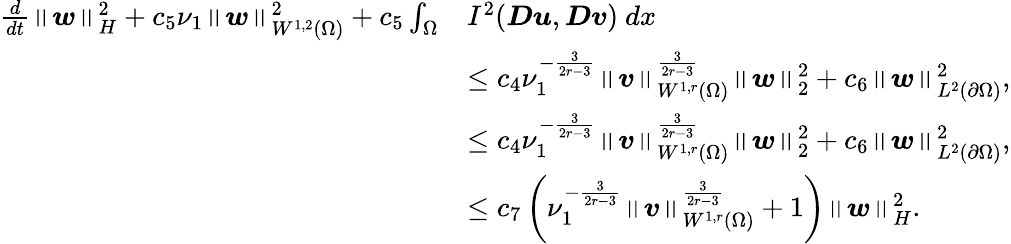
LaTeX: \begin{array}{rl}{\frac{d}{dt}\left\lVert\boldsymbol{w}\right\rVert_{H}^{2}+c_{5}\nu_{1}\left\lVert\boldsymbol{w}\right\rVert_{W^{1,2}(\Omega)}^{2}+c_{5}\int_{\Omega}}&{I^{2}(\boldsymbol{Du},\boldsymbol{Dv})\ dx}\\ &{\leq c_{4}\nu_{1}^{-\frac{3}{2r-3}}\left\lVert\boldsymbol{v}\right\rVert_{W^{1,r}(\Omega)}^{\frac{3}{2r-3}}\left\lVert\boldsymbol{w}\right\rVert_{2}^{2}+c_{6}\left\lVert\boldsymbol{w}\right\rVert_{L^{2}(\partial\Omega)}^{2},}\\ &{\leq c_{4}\nu_{1}^{-\frac{3}{2r-3}}\left\lVert\boldsymbol{v}\right\rVert_{W^{1,r}(\Omega)}^{\frac{3}{2r-3}}\left\lVert\boldsymbol{w}\right\rVert_{2}^{2}+c_{6}\left\lVert\boldsymbol{w}\right\rVert_{L^{2}(\partial\Omega)}^{2},}\\ &{\leq c_{7}\left(\nu_{1}^{-\frac{3}{2r-3}}\left\lVert\boldsymbol{v}\right\rVert_{W^{1,r}(\Omega)}^{\frac{3}{2r-3}}+1\right)\left\lVert\boldsymbol{w}\right\rVert_{H}^{2}.}\end{array}